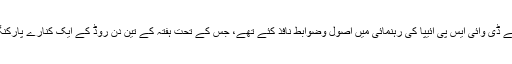
تعلقہ کے مین روڈ کے کناروں پر سواریوں کی پارکنگ کو لے کر 2015 میں اُس وقت کے ڈی وائی ایس پی ائیپا کی رہنمائی میں اصول وضوابط نافذ کئے تھے، جس کے تحت ہفتہ کے تین دن روڈ کے ایک کنارے پارکنگ کرنی ہوتی ہے اور ہفتہ کے چار دن روڈ کے دوسرے کنارے پارکنگ کرنا لازمی ہے۔